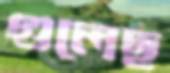
গুলেছ